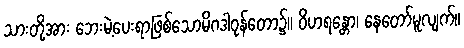
သားတို့အား ဘေးမဲ့ပေးရာဖြစ်သောမိဂဒါဝုန်တော၌။ ဝိဟရန္တော၊ နေတော်မူလျက်။